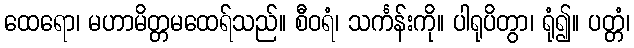
ထေရော၊ မဟာမိတ္တမထေရ်သည်။ စီဝရံ၊ သင်္ကန်းကို။ ပါရုပိတွာ၊ ရုံ၍။ ပတ္တံ၊